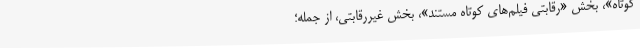
کوتاه»، بخش «رقابتی فیلم‌های کوتاه مستند»، بخش غیررقابتی، از جمله؛